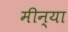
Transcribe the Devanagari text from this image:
मीन्या